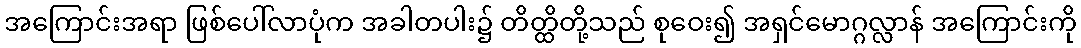
အကြောင်းအရာ ဖြစ်ပေါ်လာပုံက အခါတပါး၌ တိတ္ထိတို့သည် စုဝေး၍ အရှင်မောဂ္ဂလ္လာန် အကြောင်းကို